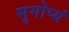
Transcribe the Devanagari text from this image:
सुगोप्यं